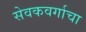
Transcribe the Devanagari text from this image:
सेवकवर्गाचा